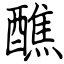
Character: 醮